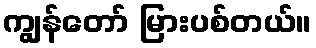
ကျွန်တော် မြားပစ်တယ်။